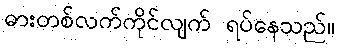
ဓားတစ်လက်ကိုင်လျက် ရပ်နေသည်။